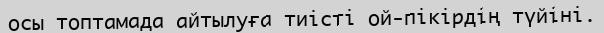
осы топтамада айтылуға тиісті ой-пікірдің түйіні.